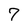
Character: 7